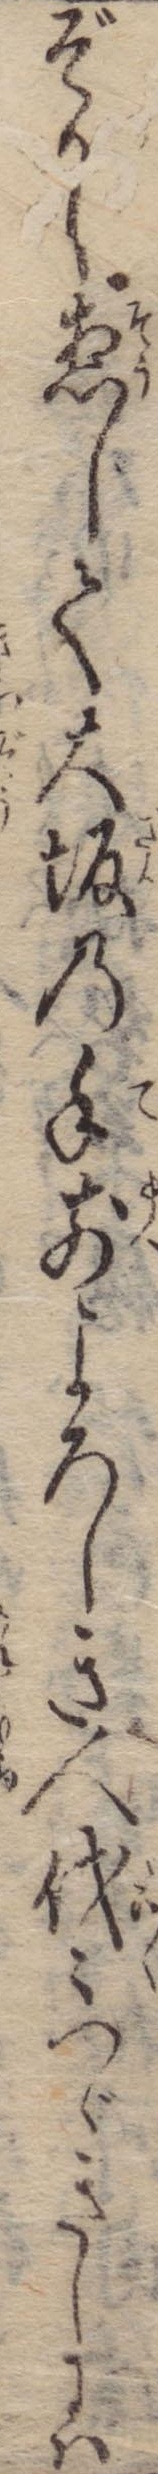
ぞかし惣じて大坂の手前よろしき人代々つゞきしには